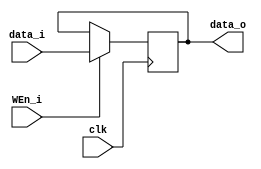
module REG(data_o, data_i ,clk, WEn_i);
	input clk, WEn_i;
	input		[15:0]	data_i;
	output	[15:0]	data_o;
	
	// Declare ports' data type
	wire		clk, WEn_i;
	wire 		[15:0]	data_i;
	reg 		[15:0]	data_o;
	
	//Function description
	always @ (posedge clk) begin
		// Block of codes need to be executed
		// Use "<=" in sequential circuits
		// Use "=" in combinational circuits
		data_o <= (WEn_i) ? data_i : data_o;
		// if (WEn_i) data_o <= data_i;
		// else data_o <= 15'd0;
	end
endmodule